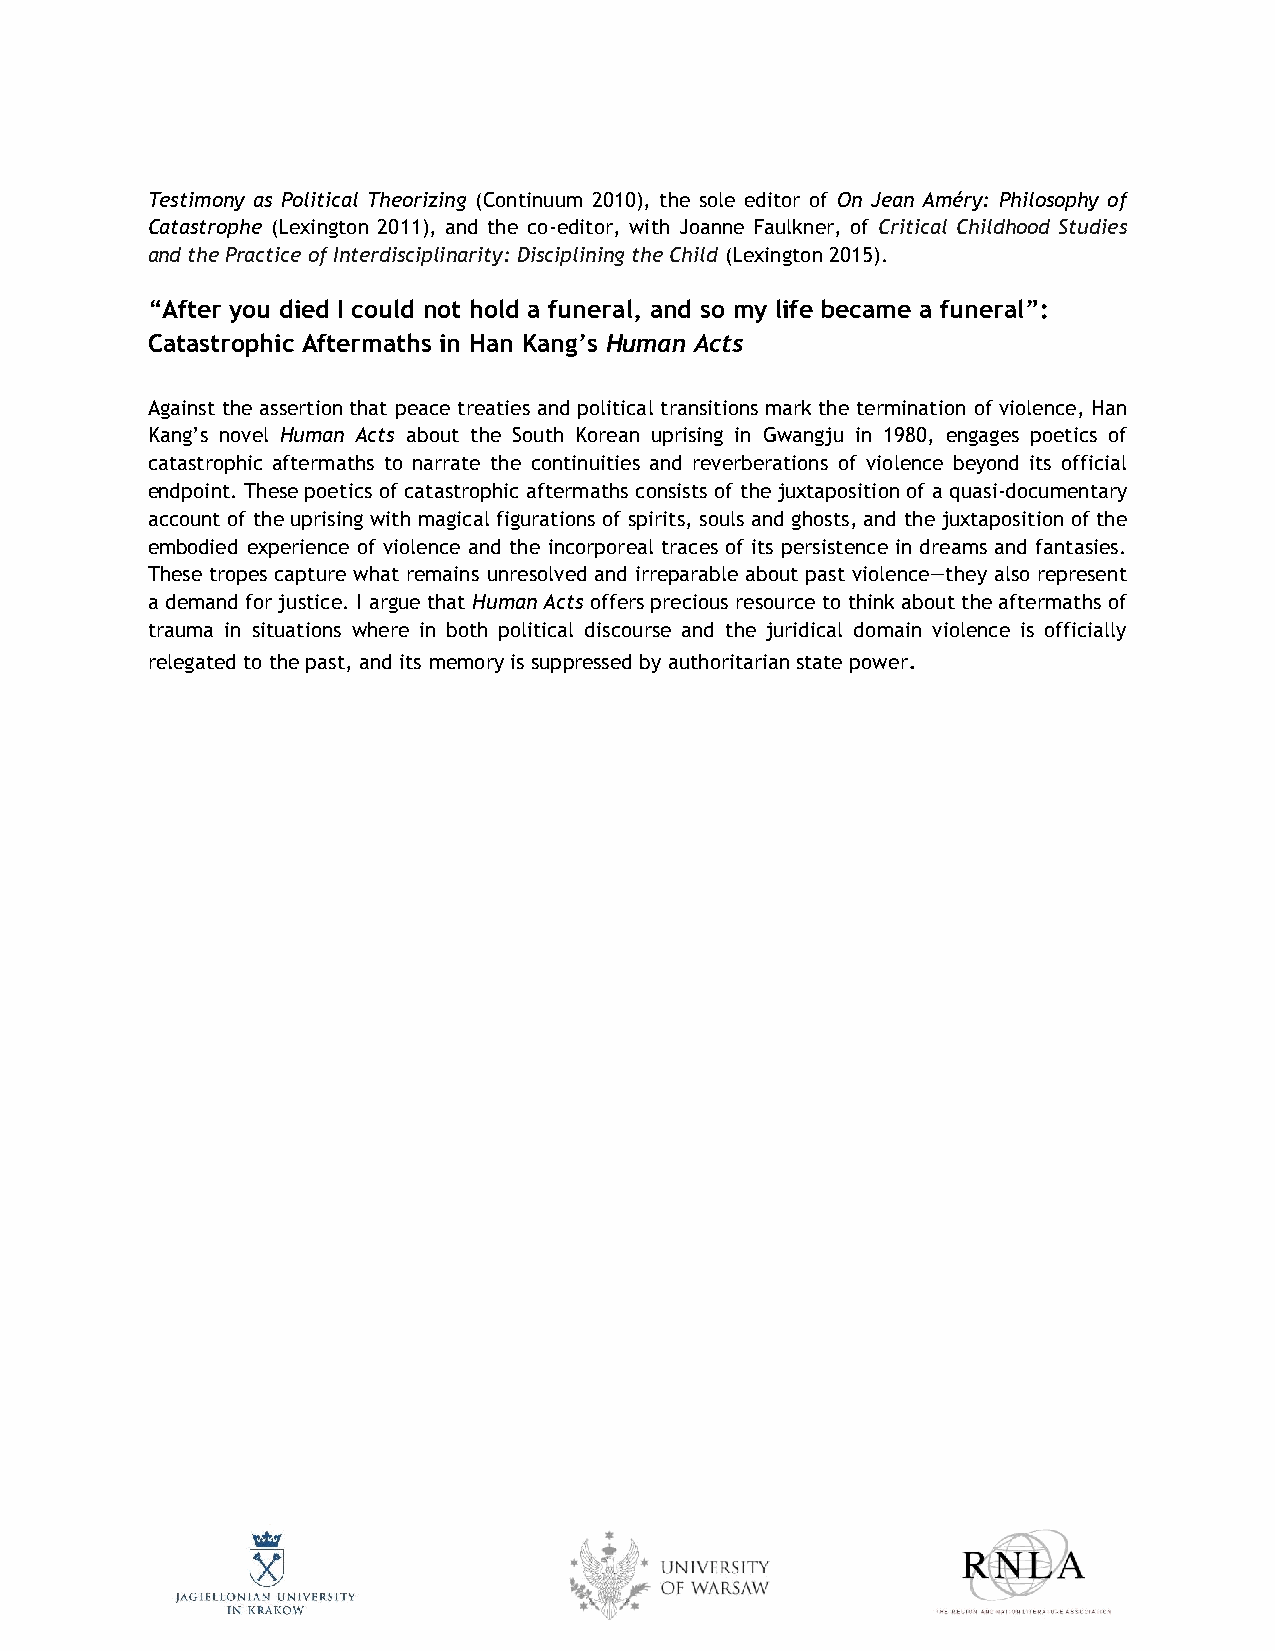
Testimony as Political Theorizing (Continuum 2010), the sole editor of On Jean Améry: Philosophy of
 Catastrophe (Lexington 2011), and the co-editor, with Joanne Faulkner, of Critical Childhood Studies
 and the Practice of Interdisciplinarity: Disciplining the Child (Lexington 2015).
 “After you died I could not hold a funeral, and so my life became a funeral”:
 Catastrophic Aftermaths in Han Kang’s Human Acts
 Against the assertion that peace treaties and political transitions mark the termination of violence, Han
 Kang’s novel Human Acts about the South Korean uprising in Gwangju in 1980, engages poetics of
 catastrophic aftermaths to narrate the continuities and reverberations of violence beyond its official
 endpoint. These poetics of catastrophic aftermaths consists of the juxtaposition of a quasi-documentary
 account of the uprising with magical figurations of spirits, souls and ghosts, and the juxtaposition of the
 embodied experience of violence and the incorporeal traces of its persistence in dreams and fantasies.
 These tropes capture what remains unresolved and irreparable about past violence—they also represent
 a demand for justice. I argue that Human Acts offers precious resource to think about the aftermaths of
 trauma in situations where in both political discourse and the juridical domain violence is officially
 relegated to the past, and its memory is suppressed by authoritarian state power.